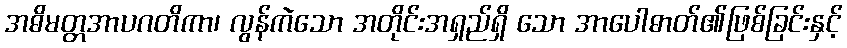
အဓိမတ္တအာပဂတိကာ၊ လွန်ကဲသော အတိုင်းအရှည်ရှိ သော အာပေါဓာတ်၏ဖြစ်ခြင်းနှင့်